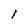
Character: l